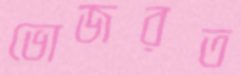
ভোজরত